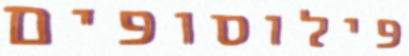
פילוסופים